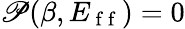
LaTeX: \mathscr{P}(\beta,E_{\mathrm{~f~f~}})=0